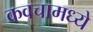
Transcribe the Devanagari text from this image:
कवचामध्ये